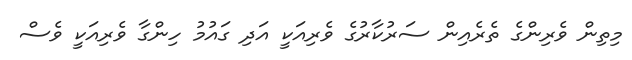
މިތިން ވެރިންގެ ތެރެއިން ސަރުކާރުގެ ވެރިއަކީ އަދި ގައުމު ހިންގާ ވެރިއަކީ ވެސް